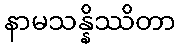
နာမသန္နိဿိတာ